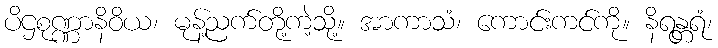
ပိဌစုဏ္ဏာနိဝိယ၊ မုန့်ညက်တို့ကဲ့သို့။ အာကာသံ၊ ကောင်းကင်ကို။ နိရန္တရံ၊